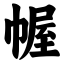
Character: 幄